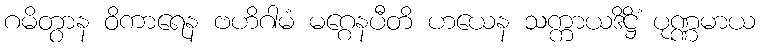
ဂမိတွာန ဝိကာရေန ဗဟိဂါမံ မဂ္ဂေနပီတိ ဟယေန သက္ကာယဒိဋ္ဌိံ ပုဏ္ဏမာယ